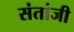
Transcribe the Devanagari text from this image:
संतांजी